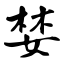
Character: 婪